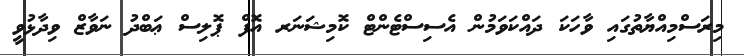
މިރަސްމިއްޔާތުގައި ވާހަކަ ދައްކަވަމުން އެސިސްޓެންޓް ކޮމިޝަނަރ އޮފް ޕޮލިސް ޢަބްދު ނަވާޒް ވިދާޅުވީ